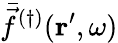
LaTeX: \bar{\vec{f}}^{(\dagger)}(\mathbf{r}^{\prime},\omega)